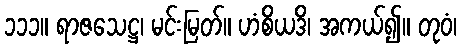
၁၁၁။ ရာဇသေဋ္ဌ၊ မင်းမြတ်။ ဟံစိယဒိ၊ အကယ်၍။ တုဝံ၊